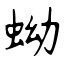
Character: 蚴